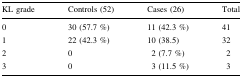
<table><thead><tr><td><b>KL grade</b></td><td><b>Controls (52)</b></td><td><b>Cases (26)</b></td><td><b>Total</b></td></tr></thead><tbody><tr><td>0</td><td>30 (57.7 %)</td><td>11 (42.3 %)</td><td>41</td></tr><tr><td>1</td><td>22 (42.3 %)</td><td>10 (38.5)</td><td>32</td></tr><tr><td>2</td><td>0</td><td>2 (7.7 %)</td><td>2</td></tr><tr><td>3</td><td>0</td><td>3 (11.5 %)</td><td>3</td></tr></tbody></table>